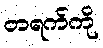
တရက်ကို